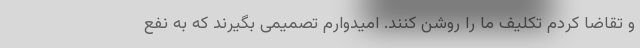
و تقاضا کردم تکلیف ما را روشن کنند. امیدوارم تصمیمی بگیرند که به نفع